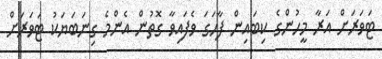
ޓަވަރަށް އަރާ މީހުންގެ ކިބައިން ފާހަގަ ވެފައިވާ ގޮތުން އެންމެ ގިނަބަޔަކު ޓަވަރަށް